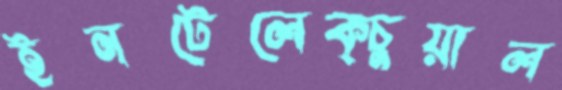
ইনটেলেক্চুয়াল